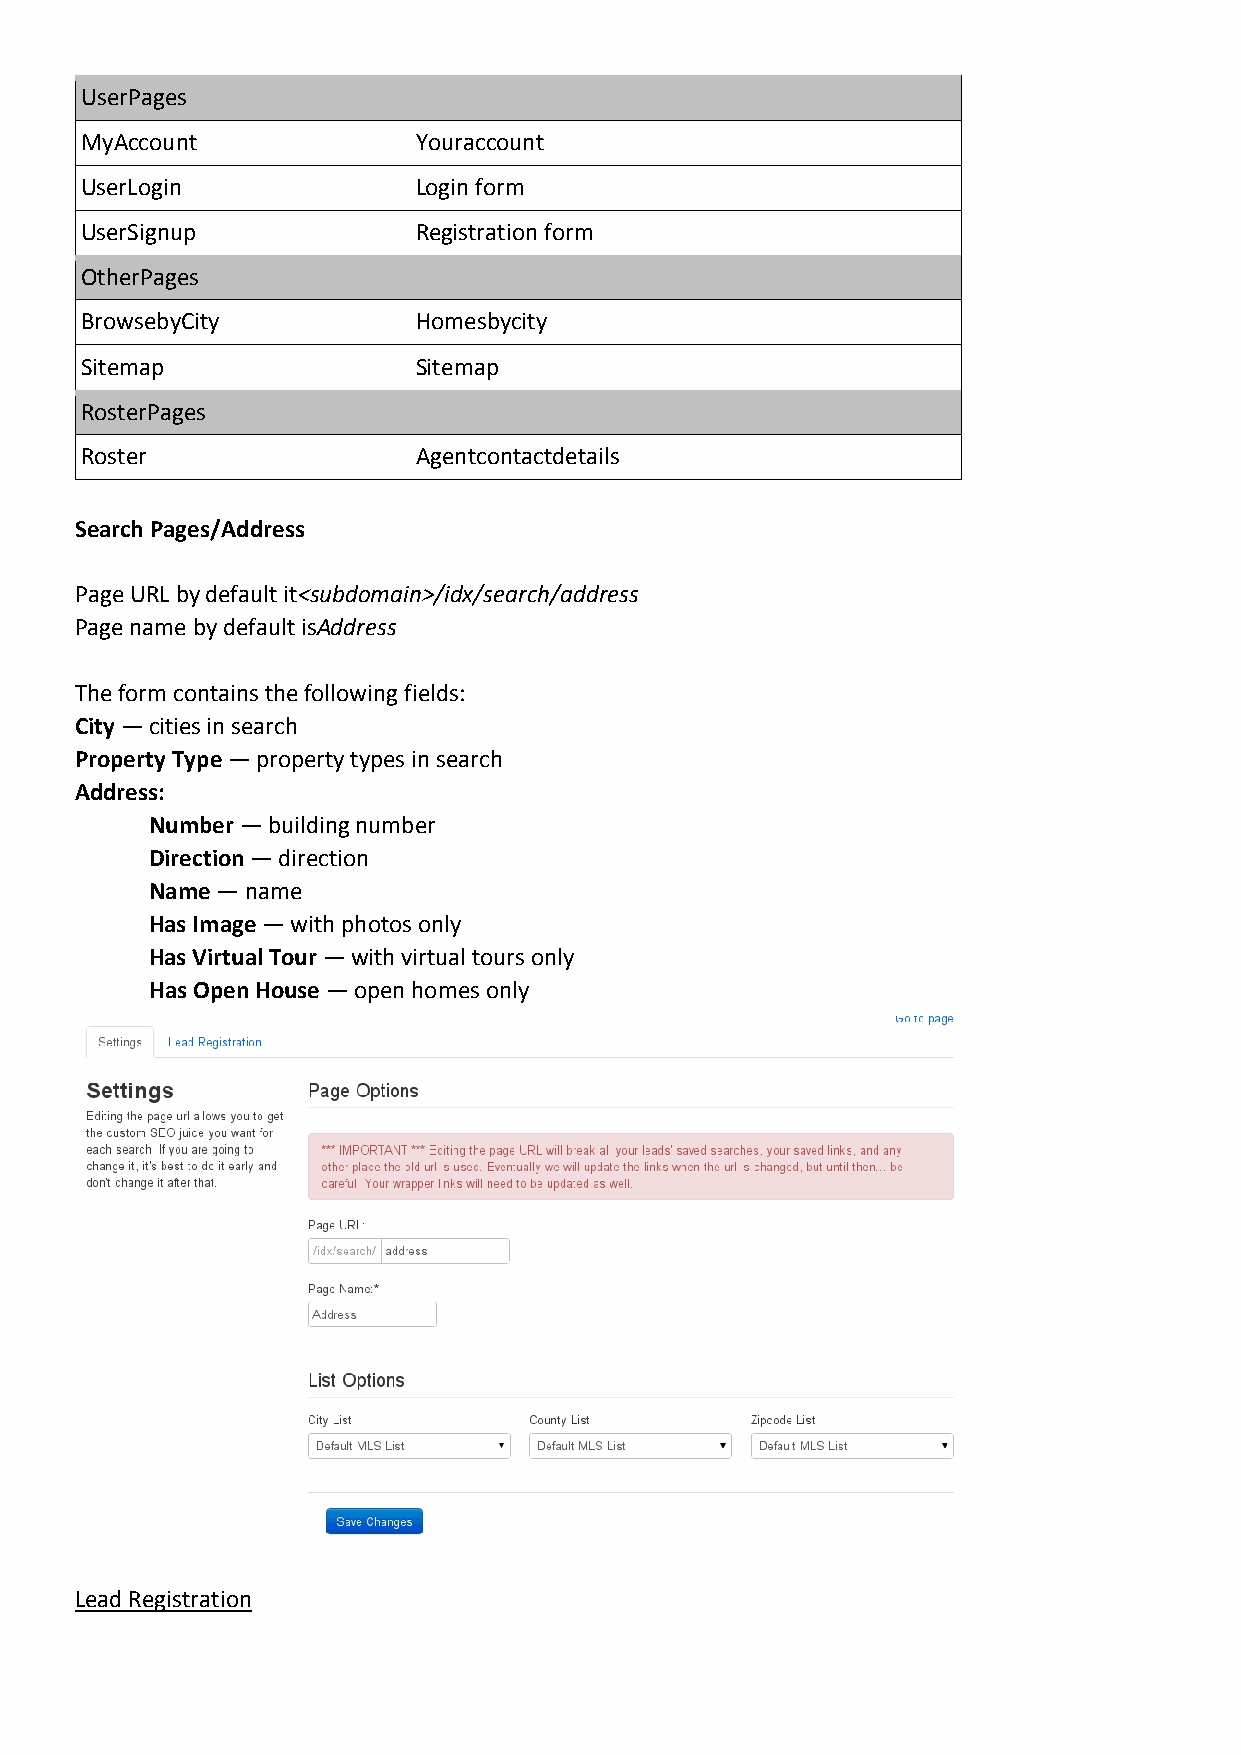
UserPages
 MyAccount             Youraccount
 UserLogin             Login form
 UserSignup            Registration form
 OtherPages
 BrowsebyCity          Homesbycity
 Sitemap               Sitemap
 RosterPages
 Roster                Agentcontactdetails
 Search Pages/Address
 Page URL by default it<subdomain>/idx/search/address
 Page name by default isAddress
 The form contains the following fields:
 City — cities in search
 Property Type — property types in search
 Address:
 Number — building number
 Direction — direction
 Name — name
 Has Image — with photos only
 Has Virtual Tour — with virtual tours only
 Has Open House — open homes only
 Lead Registration